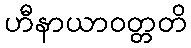
ဟီနာယာဝတ္တတိ